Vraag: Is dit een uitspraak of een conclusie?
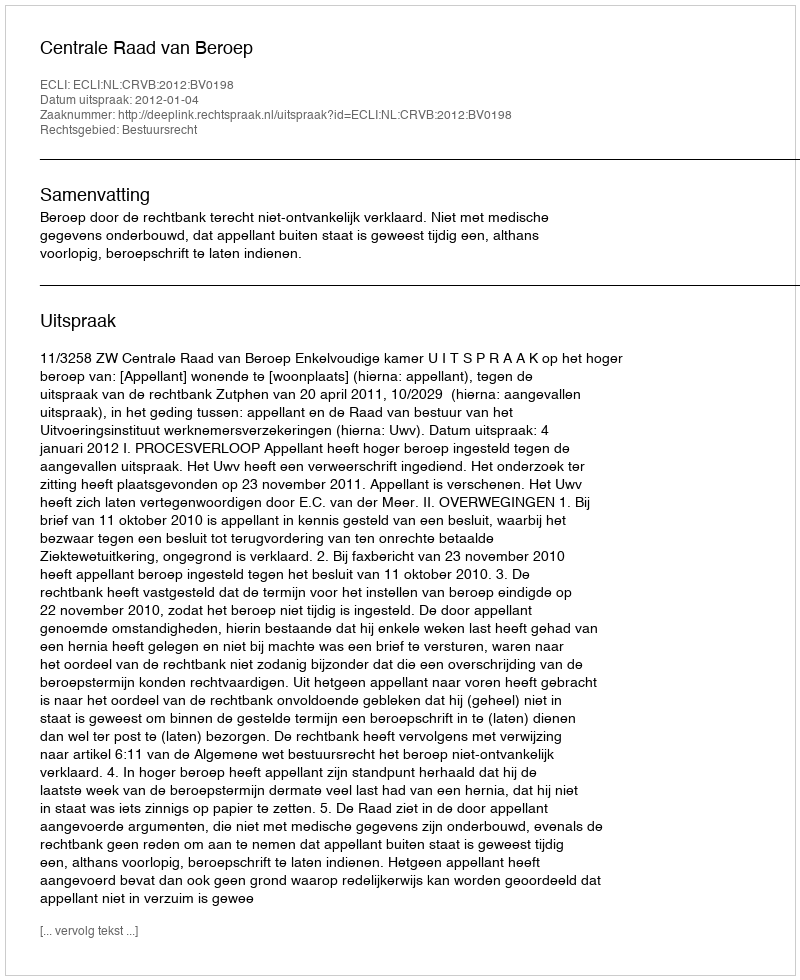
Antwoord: Uitspraak